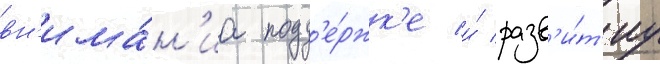
вн'има́н'иа подд'е́ржк'е и́ разв'и́т'иу